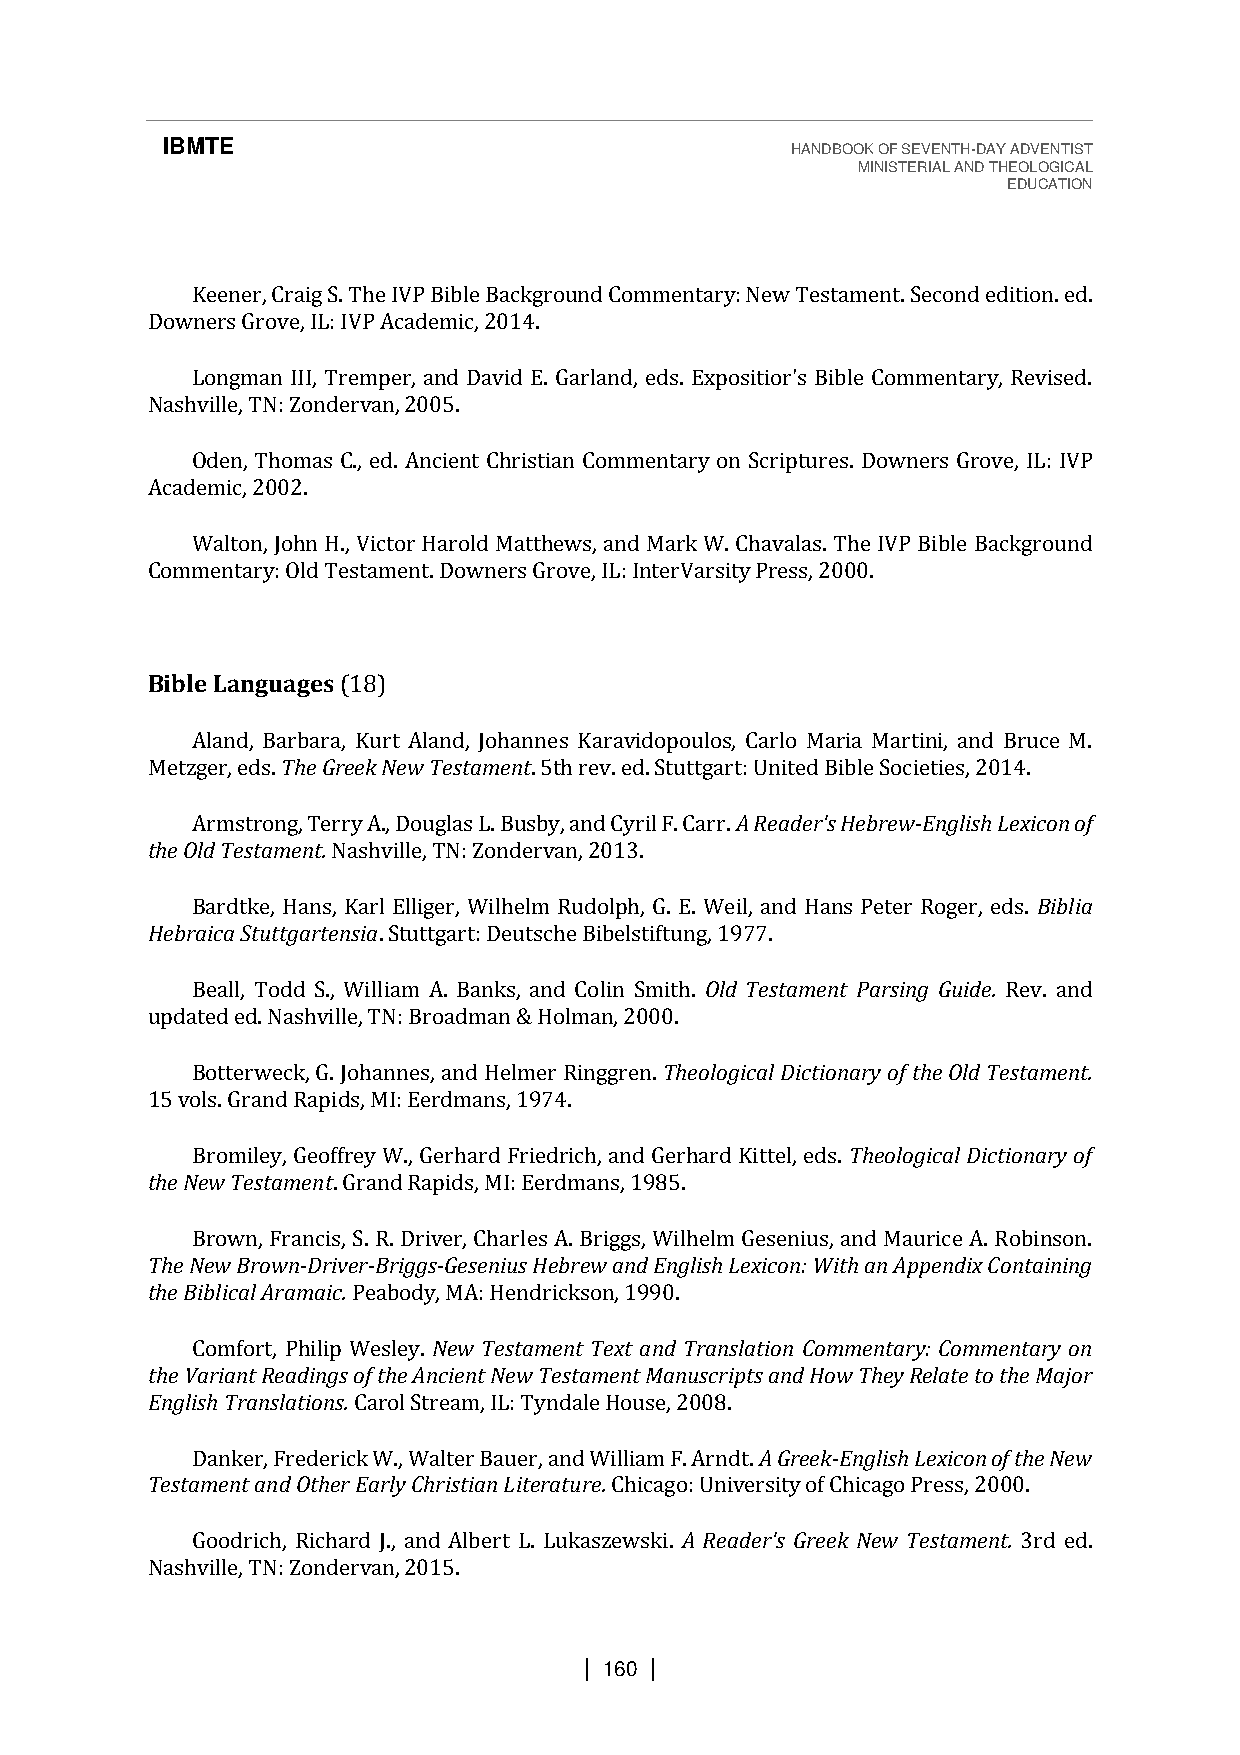
IBMTE                                    HANDBOOK OF SEVENTH-DAY ADVENTIST
 MINISTERIAL AND THEOLOGICAL
 EDUCATION
 Keener, Craig S. The IVP Bible Background Commentary: New Testament. Second edition. ed.
 Downers Grove, IL: IVP Academic, 2014.
 Longman III, Tremper, and David E. Garland, eds. Expositior's Bible Commentary, Revised.
 Nashville, TN: Zondervan, 2005.
 Oden, Thomas C., ed. Ancient Christian Commentary on Scriptures. Downers Grove, IL: IVP
 Academic, 2002.
 Walton, John H., Victor Harold Matthews, and Mark W. Chavalas. The IVP Bible Background
 Commentary: Old Testament. Downers Grove, IL: InterVarsity Press, 2000.
 Bible Languages (18)
 Aland, Barbara, Kurt Aland, Johannes Karavidopoulos, Carlo Maria Martini, and Bruce M.
 Metzger, eds. The Greek New Testament. 5th rev. ed. Stuttgart: United Bible Societies, 2014.
 Armstrong, Terry A., Douglas L. Busby, and Cyril F. Carr. A Reader's Hebrew-English Lexicon of
 the Old Testament. Nashville, TN: Zondervan, 2013.
 Bardtke, Hans, Karl Elliger, Wilhelm Rudolph, G. E. Weil, and Hans Peter Roger, eds. Biblia
 Hebraica Stuttgartensia. Stuttgart: Deutsche Bibelstiftung, 1977.
 Beall, Todd S., William A. Banks, and Colin Smith. Old Testament Parsing Guide. Rev. and
 updated ed. Nashville, TN: Broadman & Holman, 2000.
 Botterweck, G. Johannes, and Helmer Ringgren. Theological Dictionary of the Old Testament.
 15 vols. Grand Rapids, MI: Eerdmans, 1974.
 Bromiley, Geoffrey W., Gerhard Friedrich, and Gerhard Kittel, eds. Theological Dictionary of
 the New Testament. Grand Rapids, MI: Eerdmans, 1985.
 Brown, Francis, S. R. Driver, Charles A. Briggs, Wilhelm Gesenius, and Maurice A. Robinson.
 The New Brown-Driver-Briggs-Gesenius Hebrew and English Lexicon: With an Appendix Containing
 the Biblical Aramaic. Peabody, MA: Hendrickson, 1990.
 Comfort, Philip Wesley. New Testament Text and Translation Commentary: Commentary on
 the Variant Readings of the Ancient New Testament Manuscripts and How They Relate to the Major
 English Translations. Carol Stream, IL: Tyndale House, 2008.
 Danker, Frederick W., Walter Bauer, and William F. Arndt. A Greek-English Lexicon of the New
 Testament and Other Early Christian Literature. Chicago: University of Chicago Press, 2000.
 Goodrich, Richard J., and Albert L. Lukaszewski. A Reader's Greek New Testament. 3rd ed.
 Nashville, TN: Zondervan, 2015.
 | 160 |